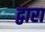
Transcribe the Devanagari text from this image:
द्वारा